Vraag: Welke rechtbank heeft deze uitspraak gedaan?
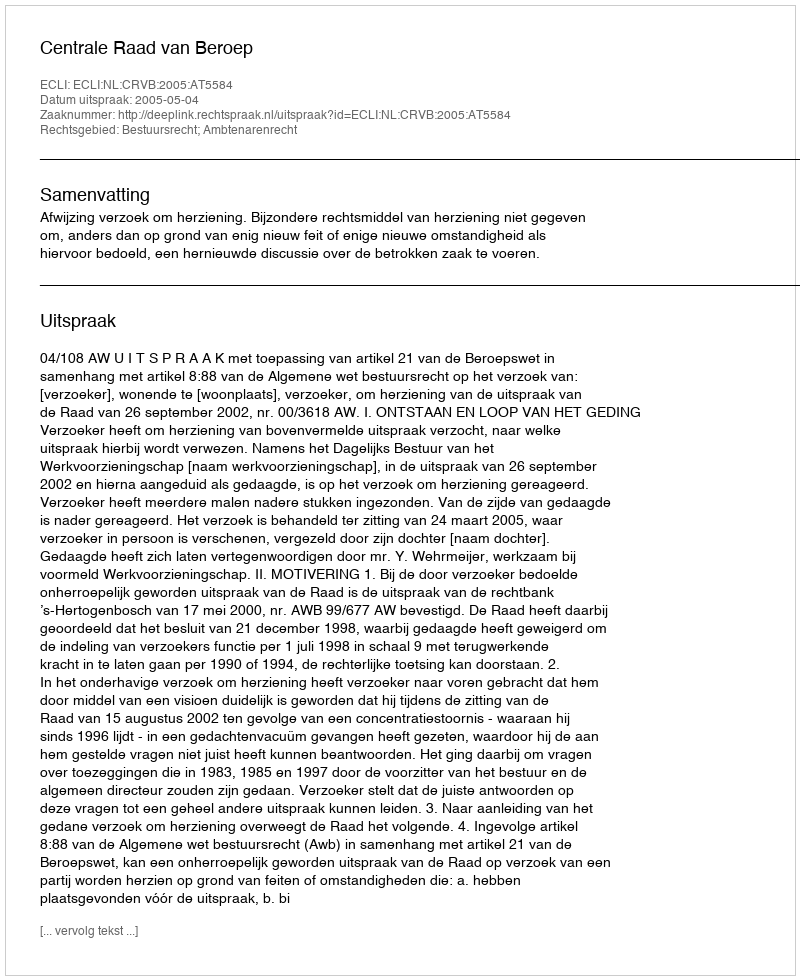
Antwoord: Centrale Raad van Beroep